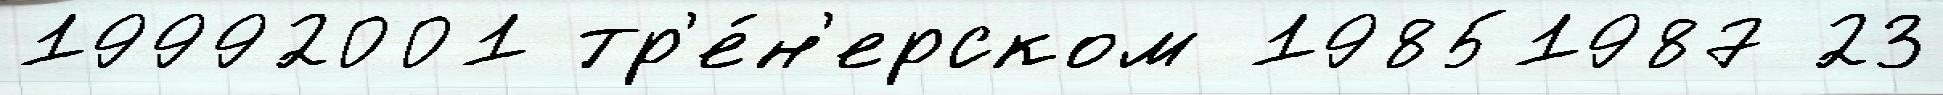
19992001 тр'е́н'ерском 19851987 23